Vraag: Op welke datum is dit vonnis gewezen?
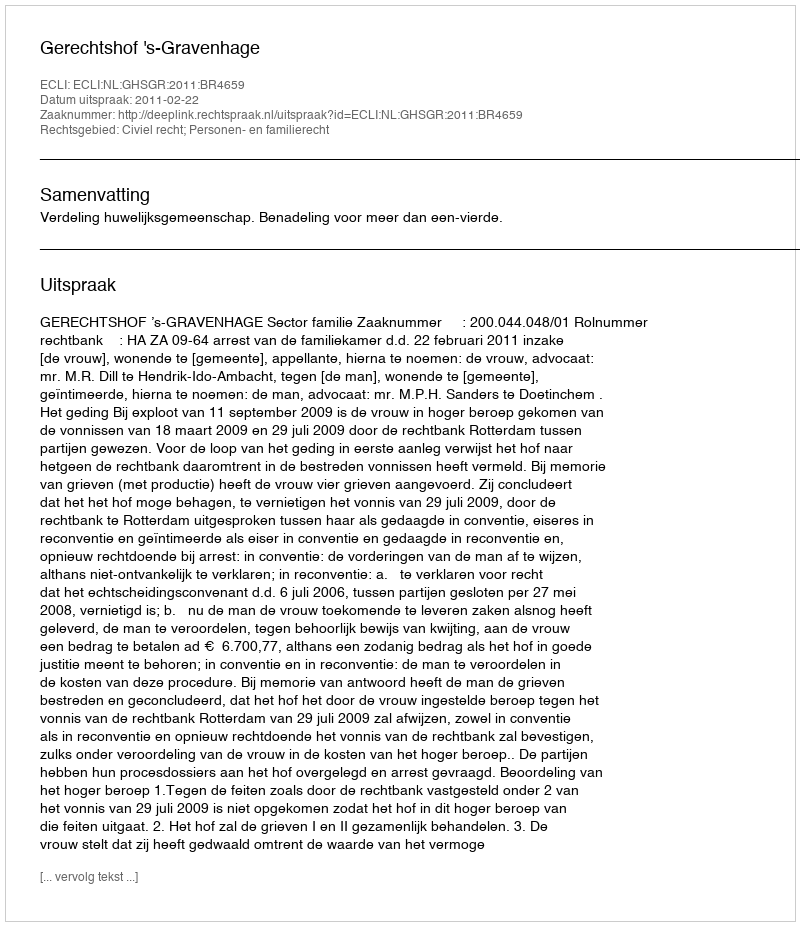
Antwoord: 2011-02-22